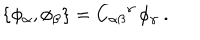
LaTeX: \{ \phi _ { \alpha } , \phi _ { \beta } \} = { C _ { \alpha \beta } } ^ { \gamma } \, \phi _ { \gamma } \ .